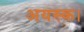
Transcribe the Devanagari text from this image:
अयस्क।